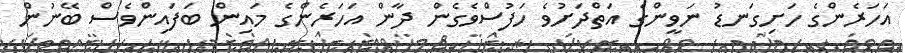
އަހަރެންގެ ހަށިގަނޑު ނަވީންގެ އަތްދަށުވެ ހަފުސްވެގެން ދާން އަހަރެންގެ މައިން ބަފައިންވެސް ބޭނުން